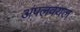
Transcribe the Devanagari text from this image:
अंपलवयल